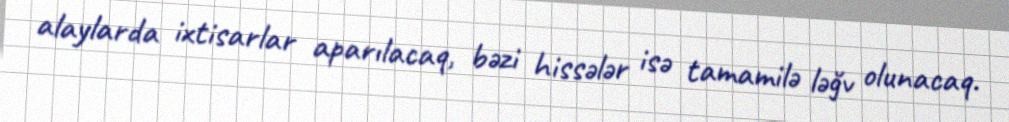
alaylarda ixtisarlar aparılacaq, bəzi hissələr isə tamamilə ləğv olunacaq.